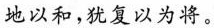
地以和，犹复以为将。